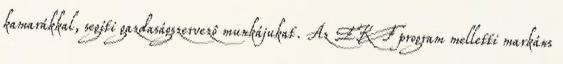
kamarákkal, segíti gazdaságszervezô munkájukat. Az EKF program melletti markáns